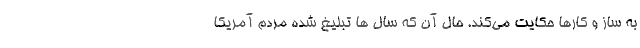
به ساز و کارها حکایت می‌کند. حال آن که سال ها تبلیغ شده مردم آمریکا